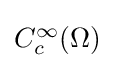
{\textstyle C_{c}^{\infty }(\Omega )}